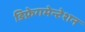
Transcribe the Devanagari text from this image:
डिफ्रेगमेन्टेशन